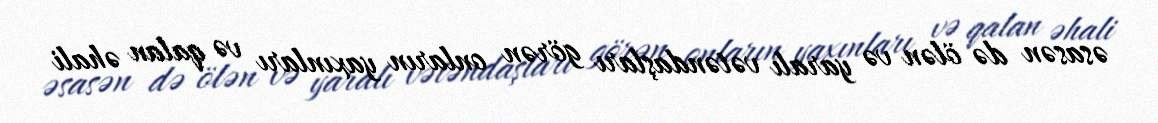
əsasən də ölən və yaralı vətəndaşları görən onların yaxınları və qalan əhali